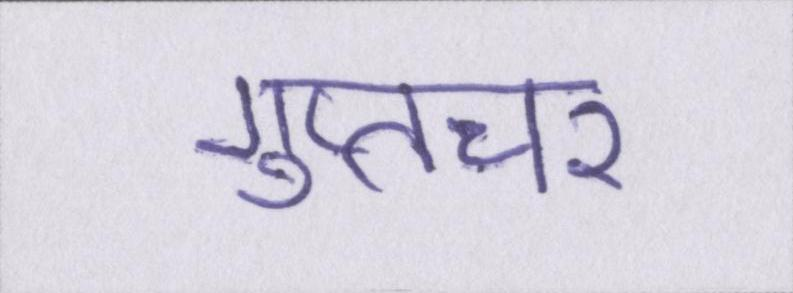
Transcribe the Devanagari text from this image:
गुप्तचर